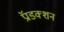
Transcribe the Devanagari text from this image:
प्रॅाडक्शन